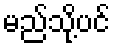
မည်သို့ပင်